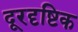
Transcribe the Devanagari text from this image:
दूरदृष्टिक